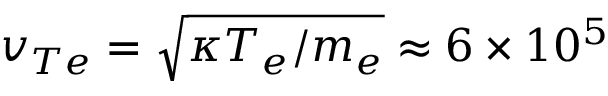
v _ { T e } = \sqrt { \kappa T _ { e } / m _ { e } } \approx 6 \times 1 0 ^ { 5 }